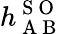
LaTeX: h_{\mathrm{~A~B~}}^{\mathrm{~S~O~}}